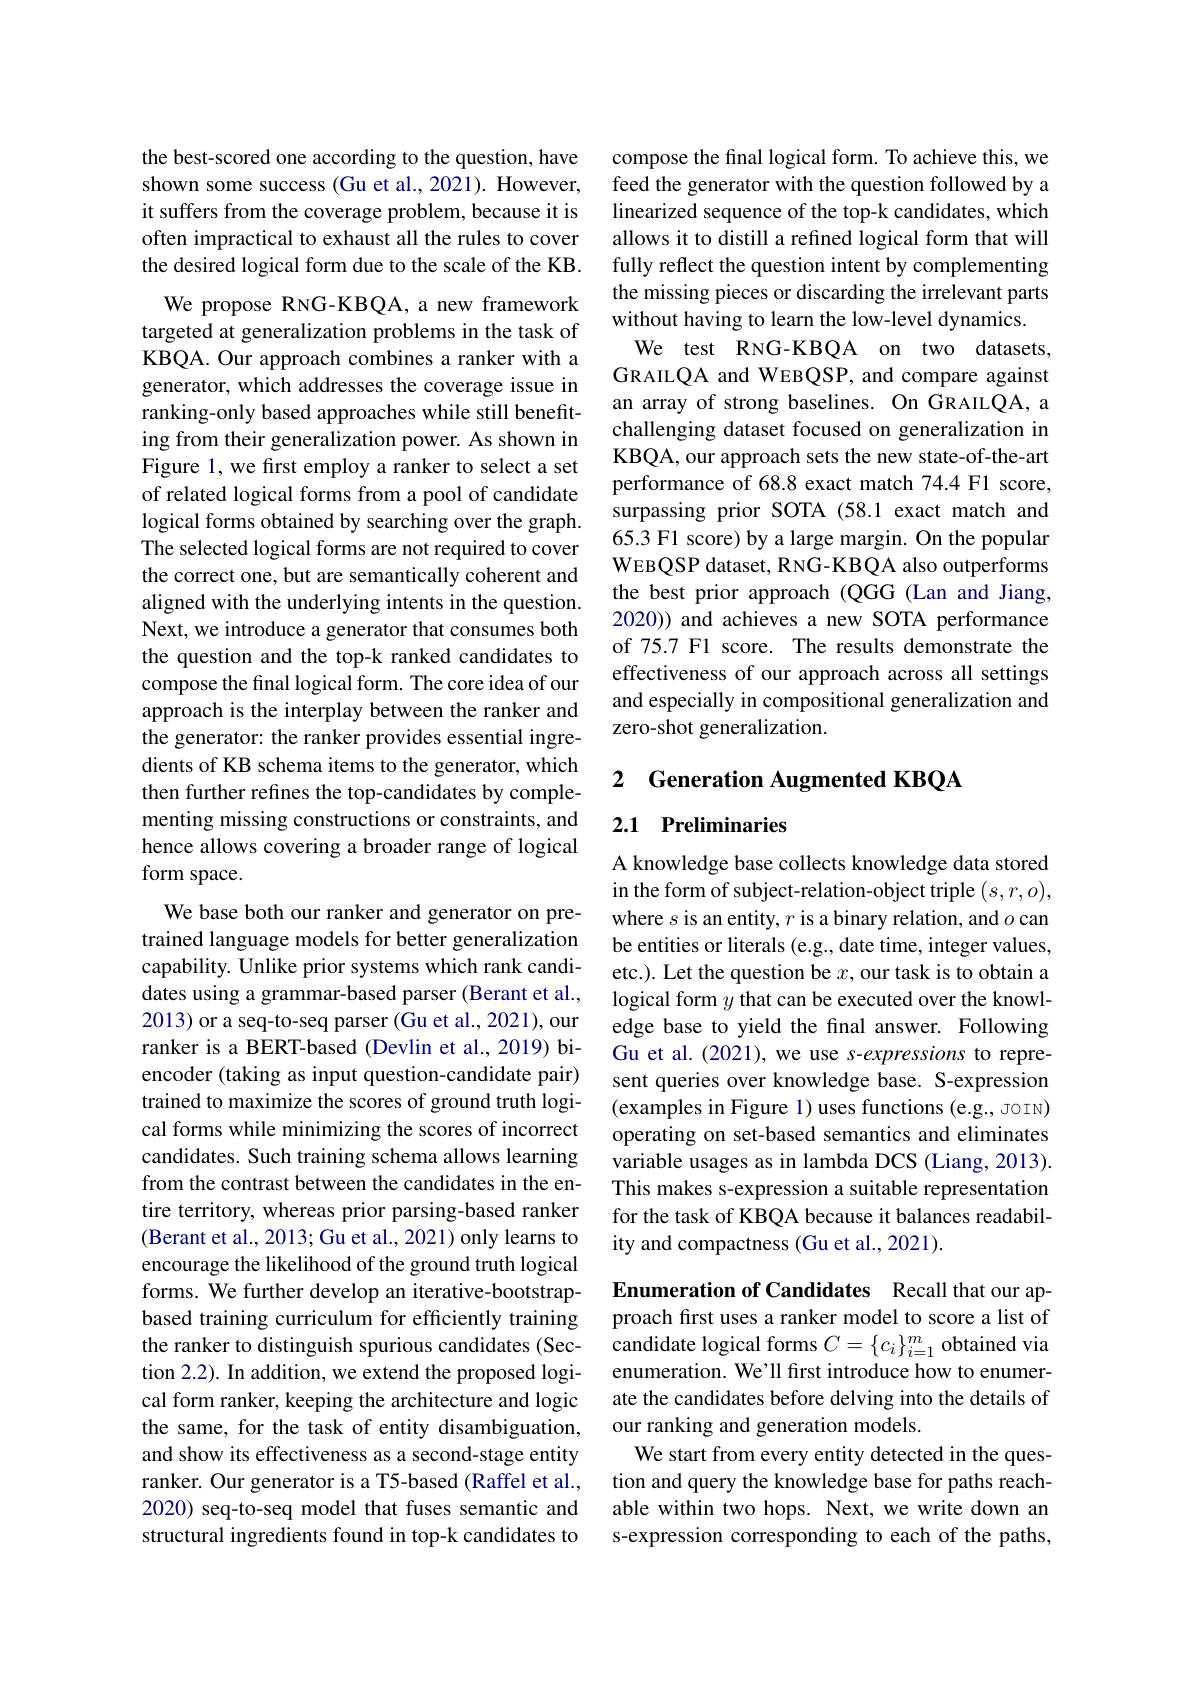
the best-scored one according to the question, have shown some success (Gu et al., 2021). However, it suffers from the coverage problem, because it is often impractical to exhaust all the rules to cover the desired logical form due to the scale of the KB.

We propose RNG-KBQA, a new framework targeted at generalization problems in the task of KBQA. Our approach combines a ranker with a generator, which addresses the coverage issue in ranking-only based approaches while still benefiting from their generalization power. As shown in Figure 1, we first employ a ranker to select a set of related logical forms from a pool of candidate logical forms obtained by searching over the graph. The selected logical forms are not required to cover the correct one, but are semantically coherent and aligned with the underlying intents in the question. Next, we introduce a generator that consumes both the question and the top-k ranked candidates to compose the final logical form. The core idea of our approach is the interplay between the ranker and the generator: the ranker provides essential ingredients of KB schema items to the generator, which then further refines the top-candidates by complementing missing constructions or constraints, and hence allows covering a broader range of logical form space.
We base both our ranker and generator on pretrained language models for better generalization capability. Unlike prior systems which rank candidates using a grammar-based parser (Berant et al., 2013) or a seq-to-seq parser (Gu et al., 2021), our ranker is a BERT-based (Devlin et al., 2019) biencoder (taking as input question-candidate pair) trained to maximize the scores of ground truth logical forms while minimizing the scores of incorrect candidates. Such training schema allows learning from the contrast between the candidates in the entire territory, whereas prior parsing-based ranker (Berant et al., 2013; Gu et al., 2021) only learns to encourage the likelihood of the ground truth logical forms. We further develop an iterative-bootstrapbased training curriculum for efficiently training the ranker to distinguish spurious candidates (Section 2.2). In addition, we extend the proposed logical form ranker, keeping the architecture and logic the same, for the task of entity disambiguation, and show its effectiveness as a second-stage entity ranker. Our generator is a T5-based (Raffel et al., 2020) seq-to-seq model that fuses semantic and structural ingredients found in top-k candidates to

compose the final logical form. To achieve this, we feed the generator with the question followed by a linearized sequence of the top-k candidates, which allows it to distill a refined logical form that will fully reflect the question intent by complementing the missing pieces or discarding the irrelevant parts without having to learn the low-level dynamics.
We test RNG-KBQA on two datasets, GRAILQA and WEBQSP, and compare against an array of strong baselines. On GRAILQA, a challenging dataset focused on generalization in KBQA, our approach sets the new state-of-the-art performance of 68.8 exact match 74.4 F1 score, surpassing prior SOTA (58.1 exact match and 65.3 F1 score) by a large margin. On the popular WEBQSP dataset, RNG-KBQA also outperforms the best prior approach (QGG (Lan and Jiang, 2020)) and achieves a new SOTA performance of 75.7 F1 score. The results demonstrate the effectiveness of our approach across all settings and especially in compositional generalization and zero-shot generalization.

## 2 Generation Augmented KBQA

## 2.1 Preliminaries

A knowledge base collects knowledge data stored in the form of subject-relation-object triple $(s,r,o)$, where $s$ is an entity, $r$ is a binary relation, and $o$ can be entities or literals (e.g., date time, integer values, etc.). Let the question be $x$, our task is to obtain a logical form $y$ that can be executed over the knowledge base to yield the fnal answer. Following Gu et al. (2021), we use s-expressions to represent queries over knowledge base. S-expression (examples in Figure 1) uses functions (e.g., JOIN) operating on set-based semantics and eliminates variable usages as in lambda DCS (Liang, 2013). This makes s-expression a suitable representation for the task of KBQA because it balances readability and compactness (Gu et al., 2021).

Enumeration of Candidates Recall that our approach first uses a ranker model to score a list of candidate logical forms $C=\{c_i\}_{i=1}^m$ obtained via enumeration. We'll frst introduce how to enumerate the candidates before delving into the details of our ranking and generation models.
We start from every entity detected in the question and query the knowledge base for paths reachable within two hops. Next, we write down an s-expression corresponding to each of the paths,